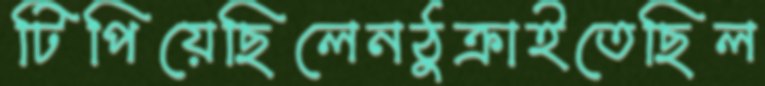
টিপিয়েছিলেনঠুক্‌রাইতেছিল